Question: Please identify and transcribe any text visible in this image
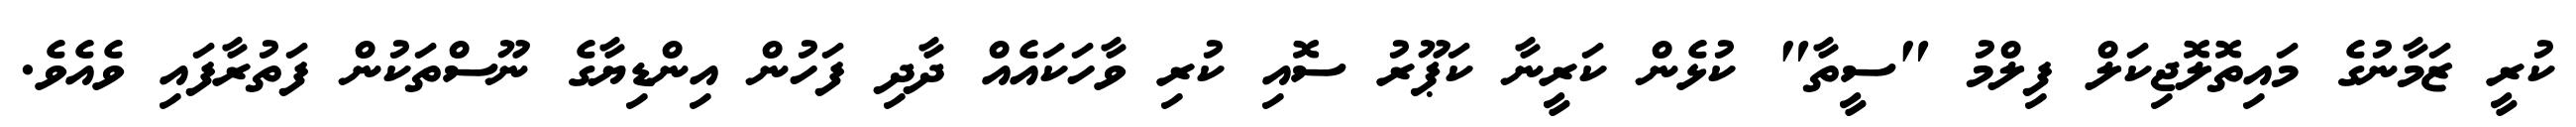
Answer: ކުރީ ޒަމާނުގެ މައިތޮލޮޖިކަލް ފިލްމު "ސީތާ" ކުޅެން ކަރީނާ ކަޕޫރު ސޮއި ކުރި ވާހަކައެއް ދާދި ފަހުން އިންޑިޔާގެ ނޫސްތަކުން ފަތުރާފައި ވެއެވެ.